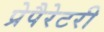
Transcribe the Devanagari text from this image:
प्रेपैरेटरी